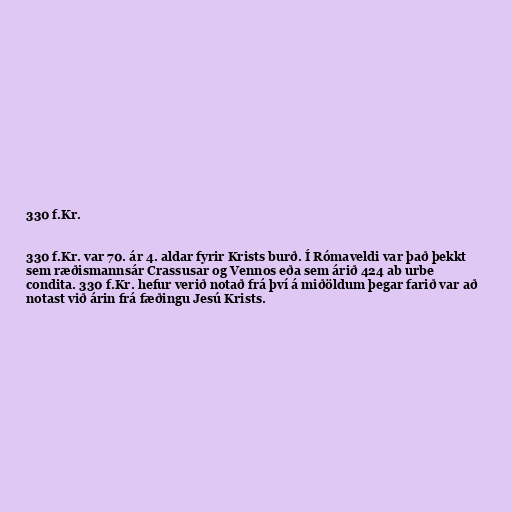
330 f.Kr.

330 f.Kr. var 70. ár 4. aldar fyrir Krists burð. Í Rómaveldi var það þekkt
sem ræðismannsár Crassusar og Vennos eða sem árið 424 ab urbe
condita. 330 f.Kr. hefur verið notað frá því á miðöldum þegar farið var að
notast við árin frá fæðingu Jesú Krists.